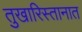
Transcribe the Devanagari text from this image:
तुखारिस्तानात